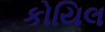
કોયિલ